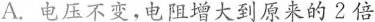
A.电压不变，电阻增大到原来的2倍